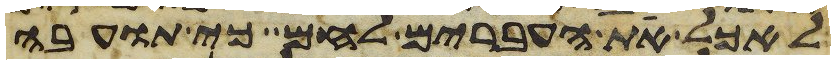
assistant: לאכל את העברים לחם כי תועבה